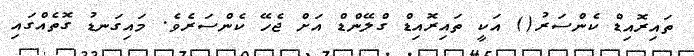
ތައިރޮއިޑް ކެންސަރު() އަކީ ތައިރޮއިޑް ގްލޭންޑް އަށް ޖެހޭ ކެންސަރެވެ. މައިގަނޑު ގޮތެއްގައި